Medical and sanitary report on the native army of Bombay for the year
Year: 1878
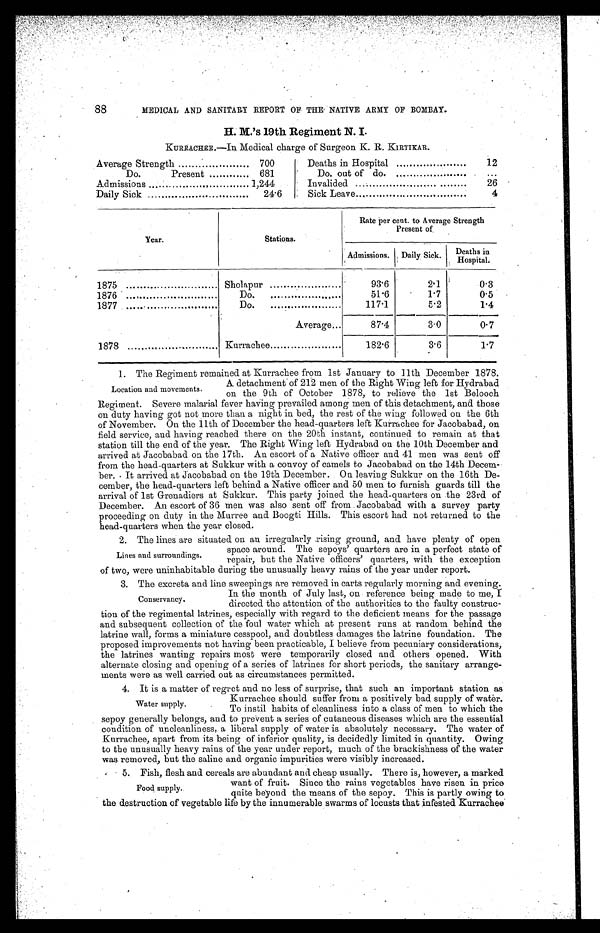
88
MEDICAL AND SANITARY REPORT OF THE NATIVE ARMY OF BOMBAY.
H. M.’s 19th Regiment N. I.
KURRACHEE.—In Medical charge of Surgeon K. R. KIRTIKAR.
Average Strength
700
Do.
Present
681
Admissions
1,244
Daily Sick
24.6
Deaths in Hospital
12
Do. out of do.
. . .
Invalided
26
Sick Leave
4
Year.
Stations.
Rate per cent. to Average Strength
Present of
Admissions. Daily Sick.
Deaths in Hospital.
1875 ...
Sholapur
93.6
2.1
0.3
1876
Do . . . . . . . . . . . . . . . . . . . . . . . . .
51.6
1.7
0.5
1877
Do. ......................
117.1
5.2
1.4
Average...
87.4
3.0
0.7
1878
Kurrachee
182.6
3.6
1.7
1. The Regiment remained at Kurrachee from 1st January to 11th December 1878.
Location and movements.
A detachment of 212 men of the Right Wing left for Hydrabad
on the 9th of October 1878, to relieve the 1st Belooch
Regiment. Severe malarial fever having prevailed among men of this detachment, and those
on duty having got not more than a night in bed, the rest of the wing followed on the 6th
of November. On the 11th of December the head-quarters left Kurrachee for Jacobabad, on
field service, and having reached there on the 20th instant, continued to remain at that
station till the end of the year. The Right Wing left Hydrabad on the 10th December and
arrived at Jacobabad on the 17th. An escort of a Native officer and 41 men was sent off
from the head-quarters at Sukkur with a convoy of camels to Jacobabad on the 14th Decem-
ber. It arrived at Jacobabad on the 19th December. On leaving Sukkur on the 16th De-
cember, the head-quarters left behind a Native officer and 50 men to furnish guards till the
arrival of 1st Grenadiers at Sukkur. This party joined the head-quarters on the 23rd of
December. An escort of 36 men was also sent off from Jacobabad with a survey party
proceeding on duty in the Murree and Boogti Hills. This escort had not returned to the
head-quarters when the year closed.
9. The lines are situated on an irregularly rising ground, and have plenty of open
Lines and surroundings,
space around. The sepoys’ quarters are in a perfect state of
repair, but the Native officers’ quarters, with the exception
of two, were uninhabitable during the unusually heavy rains of the year under report.
3. The excreta and line sweepings are removed in carts regularly morning and evening.
In the month of July last, on reference being made to me, I
directed the attention of the authorities to the faulty construc-
tion of the regimental latrines, especially with regard to the deficient means for the passage
and subsequent collection of the foul water which at present runs at random behind the
latrine wall, forms a miniature cesspool, and doubtless damages the latrine foundation. The
proposed improvements not having been practicable, I believe from pecuniary considerations,
the latrines wanting repairs most were temporarily closed and others opened. With
alternate closing and opening of a series of latrines for short periods, the sanitary arrange-
ments were as well carried out as circumstances permitted.
4. It is a matter of regret and no less of surprise, that such an important station as
Kurrachee should suffer from a positively bad supply of water.
To instil habits of cleanliness into a class of men to which the
sepoy generally belongs, and to prevent a series of cutaneous diseases which are the essential
condition of uncleanliness, a liberal supply of water is absolutely necessary. The water of
Kurrachee, apart from its being of inferior quality, is decidedly limited in quantity. Owing
to the unusually heavy rains of the year under report, much of the brackishness of the water
was removed, but the saline and organic impurities were visibly increased.
5. Fish, flesh and cereals are abundant and cheap usually. There is, however, a marked
want of fruit. Since the rains vegetables have risen in price
quite beyond the means of the sepoy. This is partly owing to
Conservancy.
Water supply.
Food supply.
the destruction of vegetable life by the innumerable swarms of locusts that infested Kurrachee